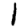
Digit: 1